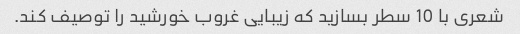
شعری با 10 سطر بسازید که زیبایی غروب خورشید را توصیف کند.